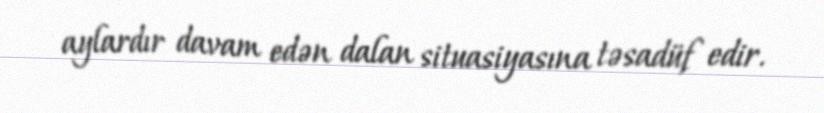
aylardır davam edən dalan situasiyasına təsadüf edir.